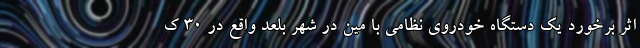
اثر برخورد یک دستگاه خودروی نظامی با مین در شهر بلعد واقع در ۳۰ ک